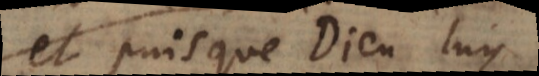
et puisque Dieu luy